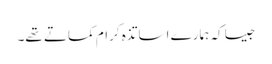
جیسا کہ ہمارے اساتذہ کرام کماتے تھے۔